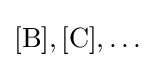
[{\rm {B],[{\rm {C],\dots }}}}